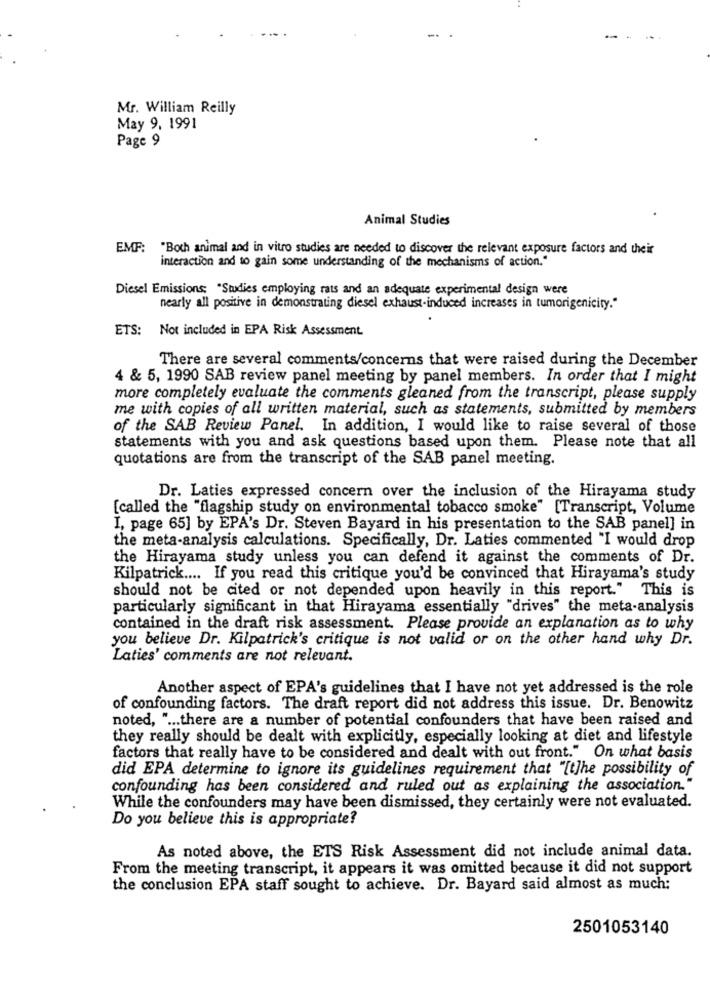
Mr. William Reilly
May 9, 1991
Page 9
Animal Studies
EMF: "Both animal and in vitro studies are needed to discover the relevant exposure factors and their
interaction and to gain some understanding of the mechanisms of action."
Diesel Emissions: "Studies employing rats and an adequate experimental design were
nearly all positive in demonstrating diesel exhaust-induced increases in tumorigenicity."
ETS: Not included in EPA Risk Assessment.
There are several comments/concerns that were raised during the December
4 & 5, 1990 SAB review panel meeting by panel members. In order that I might
more completely evaluate the comments gleaned from the transcript, please supply
me with copies of all written material, such as statements, submitted by members
of the SAB Review Panel. In addition, I would like to raise several of those
statements with you and ask questions based upon them. Please note that all
quotations are from the transcript of the SAB panel meeting.
Dr. Laties expressed concern over the inclusion of the Hirayama study
[called the "flagship study on environmental tobacco smoke" [Transcript, Volume
I, page 65] by EPA's Dr. Steven Bayard in his presentation to the SAB panel] in
the meta-analysis calculations. Specifically, Dr. Laties commented "I would drop
the Hirayama study unless you can defend it against the comments of Dr.
Kilpatrick .... If you read this critique you'd be convinced that Hirayama's study
should not be cited or not depended upon heavily in this report." This is
particularly significant in that Hirayama essentially "drives" the meta-analysis
contained in the draft risk assessment. Please provide an explanation as to why
you believe Dr. Kilpatrick's critique is not valid or on the other hand why Dr.
Laties' comments are not relevant.
Another aspect of EPA's guidelines that I have not yet addressed is the role
of confounding factors. The draft report did not address this issue. Dr. Benowitz
noted, " ... there are a number of potential confounders that have been raised and
they really should be dealt with explicitly, especially looking at diet and lifestyle
factors that really have to be considered and dealt with out front."
On what basis
did EPA determine to ignore its guidelines requirement that "[t]he possibility of
confounding has been considered and ruled out as explaining the association."
While the confounders may have been dismissed, they certainly were not evaluated.
Do you believe this is appropriate?
As noted above, the ETS Risk Assessment did not include animal data.
From the meeting transcript, it appears it was omitted because it did not support
the conclusion EPA staff sought to achieve. Dr. Bayard said almost as much:
2501053140